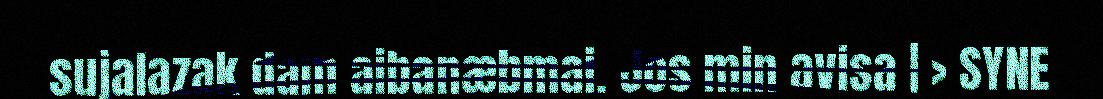
sujalazak dam aibanæbmai. Jos min avisa | > SYNE